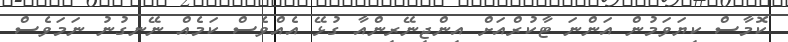
ކޮމާސް ކިޔަވަމުން އަންނަ ޓާކުރްއަށް އިންޖިނޭރިންއާ ގުޅޭ އެއްވެސް ކަމެއް ނޭނގުނު ނަމަވެސް